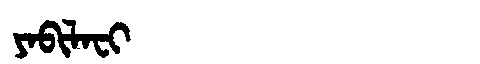
Manchu: ᠶᠠᠪᡳᠯᠠᠸᡳ
Romanization: YABILAFI